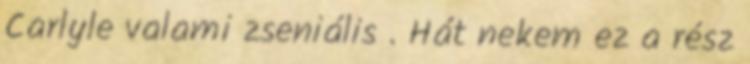
Carlyle valami zseniális . Hát nekem ez a rész